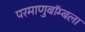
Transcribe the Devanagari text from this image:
परमाणुबॉम्बला